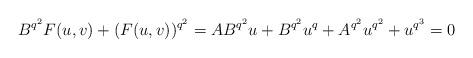
LaTeX: \begin{align*}B^{q^2}F(u,v)+(F(u,v))^{q^2}=AB^{q^2} u + B^{q^2}u^q+ A^{q^2}u^{q^2} + u^{q^3}=0\end{align*}